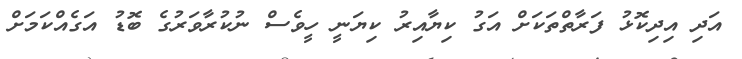
އަދި އިދިކޮޅު ފަރާތްތަކަށް އަގު ކިޔާއިރު ކިޔަނީ ހީވެސް ނުކުރާވަރުގެ ބޮޑު އަގެއްކަމަށް